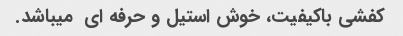
کفشی باکیفیت، خوش استیل و حرفه ای  میباشد.